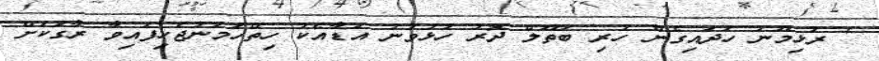
' ރުޅިމޫނު ހަދައިގެން ހުރި ބަތޫލް ދޮރު ހުޅުވުނު އަޑާއެކު ހިތްހަމަނުޖެހިފައިވާ ރާގަކަށް